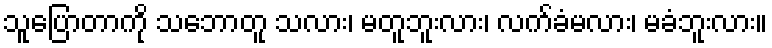
သူပြောတာကို သဘောတူ သလား၊ မတူဘူးလား၊ လက်ခံမလား၊ မခံဘူးလား။